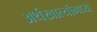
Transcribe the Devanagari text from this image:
अर्थखात्यांमध्ये